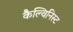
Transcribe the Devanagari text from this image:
कैल्विनिस्ट